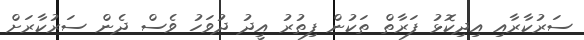
ސަރުކާރާއި އިދިކޮޅު ފަރާތް ތަކުން ފިތުރު އީދު ދުވަހު ވެސް ދެން ސަރުކާރަށް